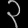
Digit: ၃